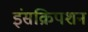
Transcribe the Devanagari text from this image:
इंसक्रिपशन